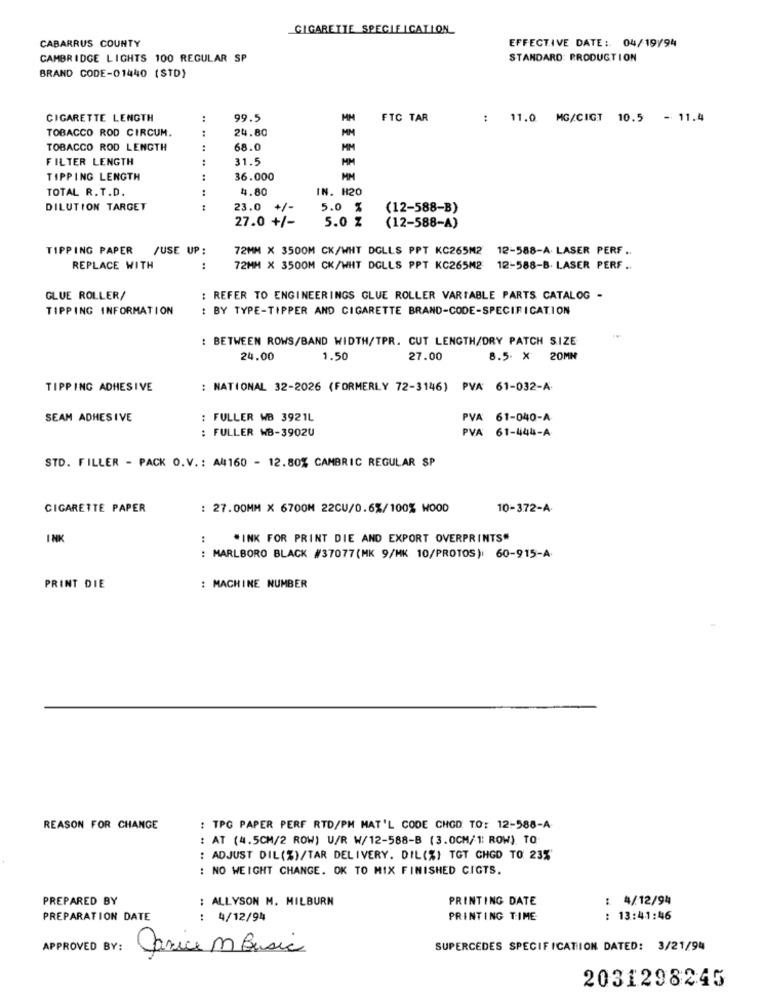
CIGARETTE SPECIE ICATION
CABARRUS COUNTY
EFFECTIVE DATE : 04/19/94
CAMBRIDGE LIGHTS 100 REGULAR SP
STANDARD: PRODUCTION
BRAND CODE-01440 (STD)
CIGARETTE LENGTH
..
99.5
FTC TAR
: 11.0 MG/CIGT 10.5 - 11.4
TOBACCO ROD CIRCUM.
..
24.80
TOBACCO ROD LENGTH
:
68.0
MM
FILTER LENGTH
31.5
HM
TIPPING LENGTH
:
36.000
MM
TOTAL R. T.D.
..
4.80
IN. H20
DILUTION TARGET
23.0
+/-
5.0 %
(12-588-B)
27.0 +/-
5.0 %
(12-588-A)
TIPPING PAPER
/USE UP:
72MM X 3500M CK/WHT DGLLS PPT KC265M2 12-588-A. LASER PERF ..
REPLACE WITH
:
72MM X 3500M CK/WHT DGLLS PPT KC265M2
12-588-B. LASER PERF ..
GLUE ROLLER/
: REFER TO ENGINEERINGS GLUE ROLLER VARIABLE PARTS CATALOG -
TIPPING INFORMATION
: BY TYPE-TIPPER AND CIGARETTE BRAND-CODE-SPECIFICATION
BETWEEN ROWS/BAND WIDTH/TPR. CUT LENGTH/DRY PATCH SIZE
24.00
1.50
27.00
8.5. X 20MM
TIPPING ADHESIVE
: NATIONAL 32-2026 (FORMERLY 72-3146) PVA 61-032-A
SEAM ADHESIVE
: FULLER WB 3921L
PVA 61-040-A
: FULLER WB-3902U
PVA 61-444-A
STD. FILLER - PACK O.V .: A#160 - 12.80% CAMBRIC REGULAR SP
CIGARETTE PAPER
: 27.00MM X 6700M 22CU/0.6%/100% WOOD
10-372-A
INK
*INK FOR PRINT DIE AND EXPORT OVERPRINTS"
: MARLBORO BLACK #37077(MK 9/MK 10/PROTOS): 60-915-A
PRINT DIE
: MACHINE NUMBER
REASON FOR CHANGE
: TPG PAPER PERF RTD/PM MAT'L CODE CHOD TO: 12-588-A
: AT (4.5CM/2 ROW) U/R W/12-588-B (3.0CM/1: ROW) TO
: ADJUST DIL(%)/TAR DELIVERY. DIL(%) TGT CHGD TO 23%
: NO WEIGHT CHANGE. OK TO MIX FINISHED CIGTS.
PREPARED BY
: ALLYSON M. MILBURN
PRINTING DATE
: 4/12/94
PREPARATION DATE
: 4/12/94
PRINTING TIME
: 13:41:46
APPROVED BY:
Janice M Basic
SUPERCEDES SPECIFICATION DATED: 3/21/94
2031298245